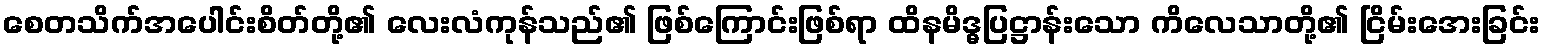
စေတသိက်အပေါင်းစိတ်တို့၏ လေးလံကုန်သည်၏ ဖြစ်ကြောင်းဖြစ်ရာ ထိနမိဒ္ဓပြဋ္ဌာန်းသော ကိလေသာတို့၏ ငြိမ်းအေးခြင်း